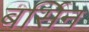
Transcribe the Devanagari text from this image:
बर्सिन